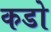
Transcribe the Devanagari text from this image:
कडो